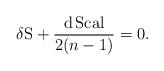
LaTeX: \begin{align*} \delta {\rm S} + \frac{\rm d\, Scal}{2 (n - 1)} = 0. \end{align*}